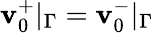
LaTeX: \mathbf{v}_{0}^{+}|_{\Gamma}=\mathbf{v}_{0}^{-}|_{\Gamma}